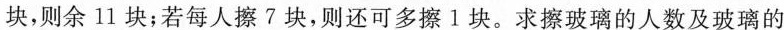
块，则余11块；若每人擦7块，则还可多擦l块。求擦玻璃的人数及玻璃的